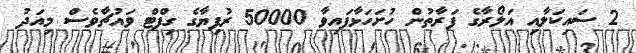
2 ސައިކަލާއި އަލޯރާގެ ފަރާތުން ހުށަހަޅާފައިވާ 50000 ރުފިޔާގެ ގިފްޓް ވައުޗާވެސް މިއަދު